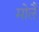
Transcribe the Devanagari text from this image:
मोलै